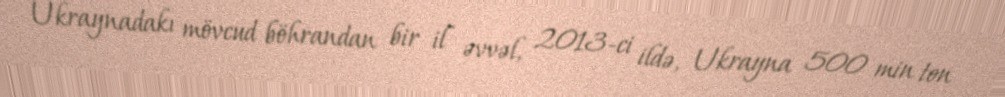
Ukraynadakı mövcud böhrandan bir il əvvəl, 2013-ci ildə, Ukrayna 500 min ton